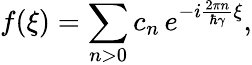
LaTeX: f(\xi)=\sum_{n>0}c_{n}\, e^{-i\frac{2\pi n}{\hbar\gamma}\xi},